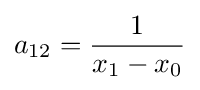
a_{12}={\frac {1}{x_{1}-x_{0}}}